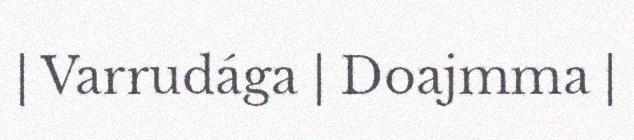
| Varrudága | Doajmma |